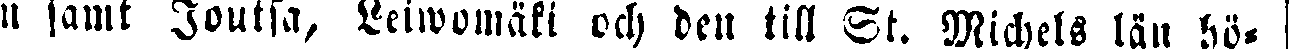
n samt Joutsa, Leiwomäki och den till St. Michels län hö-